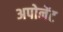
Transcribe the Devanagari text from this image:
अपोनेंट